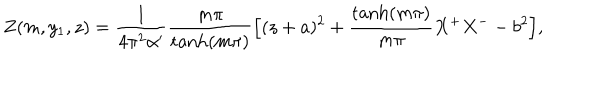
Z ( m , y _ { 1 } , z ) = \frac { 1 } { 4 \pi ^ { 2 } \alpha ^ { \prime } } \frac { m \pi } { \tanh ( m \pi ) } \Bigl [ ( z + a ) ^ { 2 } + \frac { \tanh ( m \pi ) } { m \pi } X ^ { + } X ^ { -- } b ^ { 2 } \Bigr ] ,